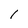
Character: 1